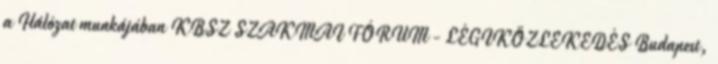
a Hálózat munkájában KBSZ SZAKMAI FÓRUM - LÉGIKÖZLEKEDÉS Budapest,